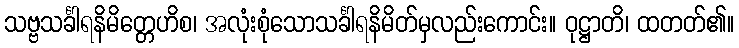
သဗ္ဗသင်္ခါရနိမိတ္တေဟိစ၊ အလုံးစုံသောသင်္ခါရနိမိတ်မှလည်းကောင်း။ ဝုဋ္ဌာတိ၊ ထတတ်၏။